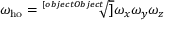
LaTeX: \omega _ { \mathrm { h o } } = { \sqrt [ [object Object] ] { \omega _ { x } \omega _ { y } \omega _ { z } } }